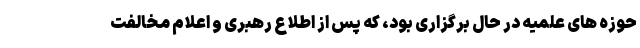
حوزه های علمیه در حال برگزاری بود، که پس از اطلاع رهبری و اعلام مخالفت